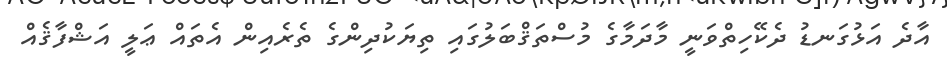
އާދެ އަޅުގަނޑު ދެކޭހިތްވަނީ މާދަމާގެ މުސްތަޤްބަލުގައި ތިޔަކުދިންގެ ތެރެއިން އެތައް ޢަލީ އަޝްފާޤެއް